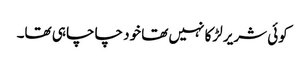
کوئی شریر لڑکا نہیں تھا خود چاچا ہی تھا۔